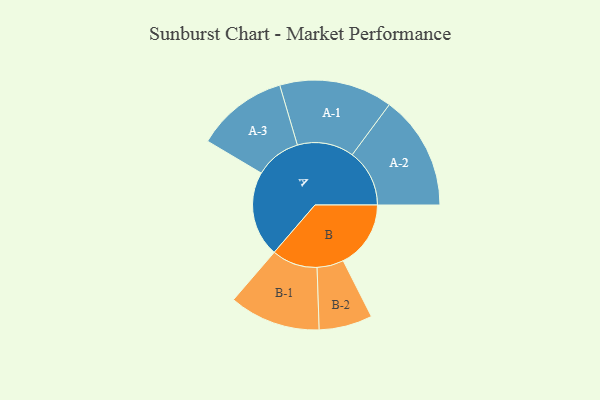
{"axis": {"x": "Segment", "y": "Value"}, "legend": ["", "A", "B"], "data": [{"x": "A", "y": 414, "type": ""}, {"x": "B", "y": 327, "type": ""}, {"x": "A-1", "y": 274, "type": "A"}, {"x": "A-2", "y": 277, "type": "A"}, {"x": "A-3", "y": 222, "type": "A"}, {"x": "B-1", "y": 221, "type": "B"}, {"x": "B-2", "y": 129, "type": "B"}]}